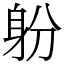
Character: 躮